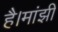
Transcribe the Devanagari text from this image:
है।मांझी